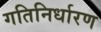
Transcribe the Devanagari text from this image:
गतिनिर्धारण